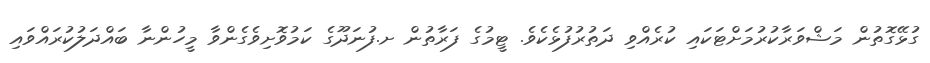
ގުޅޭގޮތުން މަޝްވަރާކުރުމަށްޓަކައި ކުރެއްވި ދަތުރުފުޅެކެވެ. ޓީމުގެ ފަރާތުން ށ.ފުނަދޫގެ ކަމުވޮށިވެގެންވާ މީހުންނާ ބައްދަލުކުރައްވައި